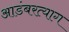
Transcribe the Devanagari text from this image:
आडंबरत्याग